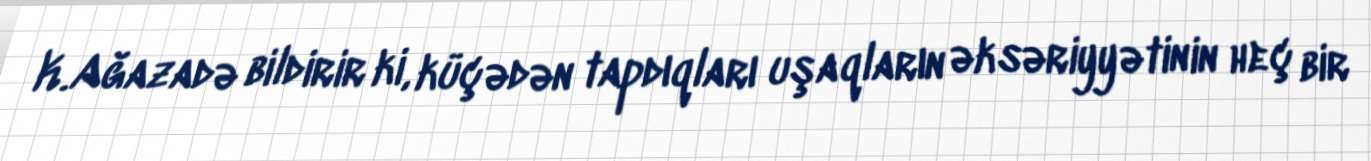
K.Ağazadə bildirir ki, küçədən tapdıqları uşaqların əksəriyyətinin heç bir